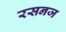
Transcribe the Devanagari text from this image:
रसनज